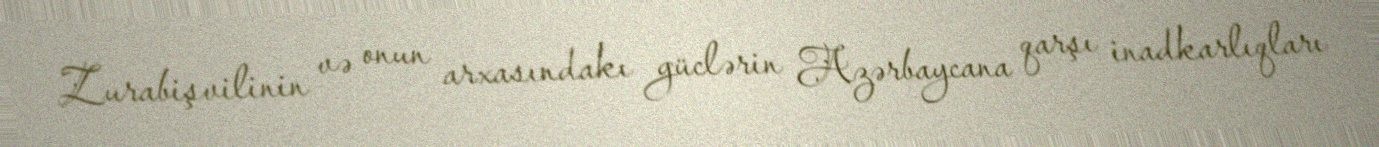
Zurabişvilinin və onun arxasındakı güclərin Azərbaycana qarşı inadkarlıqları